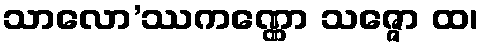
သာလော’ဿကဏ္ဏော သဇ္ဇော ထ၊